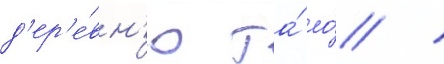
д'ер'е́вн'ю та́ ло́ /